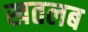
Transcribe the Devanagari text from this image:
खतलब